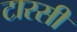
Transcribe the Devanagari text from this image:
टारसी